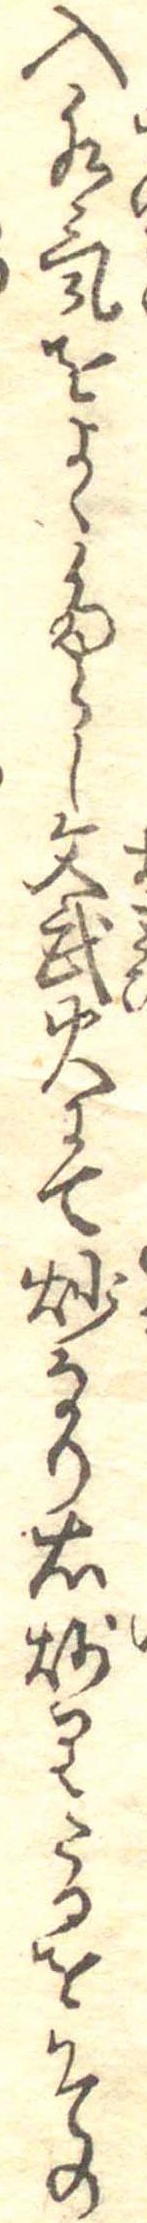
入水気をよくたらし文武火にて炒なり右炒りたるをその